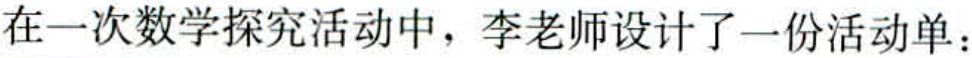
在一次数学探究活动中，李老师设计了一份活动单：